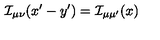
{ \cal I } _ { \mu \nu } ( x ^ { \prime } - y ^ { \prime } ) = { \cal I } _ { \mu \mu ^ { \prime } } ( x )